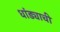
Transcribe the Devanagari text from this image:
धांड्याची